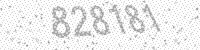
Solution: 828181